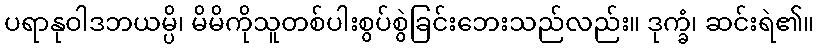
ပရာနုဝါဒဘယမ္ပိ၊ မိမိကိုသူတစ်ပါးစွပ်စွဲခြင်းဘေးသည်လည်း။ ဒုက္ခံ၊ ဆင်းရဲ၏။